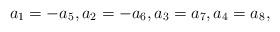
LaTeX: \begin{align*}a_1=-a_5,a_2=-a_6,a_3=a_7,a_4=a_8,\end{align*}